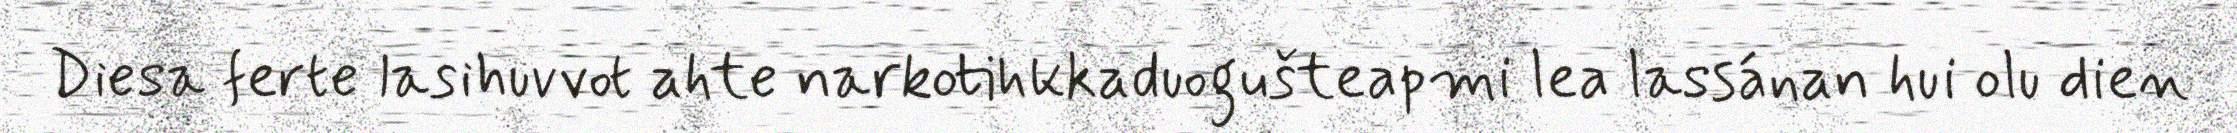
Diesa ferte lasihuvvot ahte narkotihkkaduogušteapmi lea lassánan hui olu dien